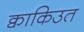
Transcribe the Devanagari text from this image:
क्वाकिउत